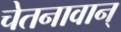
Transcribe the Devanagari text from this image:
चेतनावान्‌